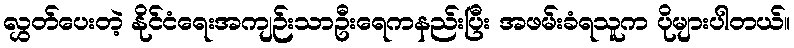
လွှတ်ပေးတဲ့ နိုင်ငံရေးအကျဉ်းသာဦးရေကနည်းပြီး အဖမ်းခံရသူက ပိုများပါတယ်။